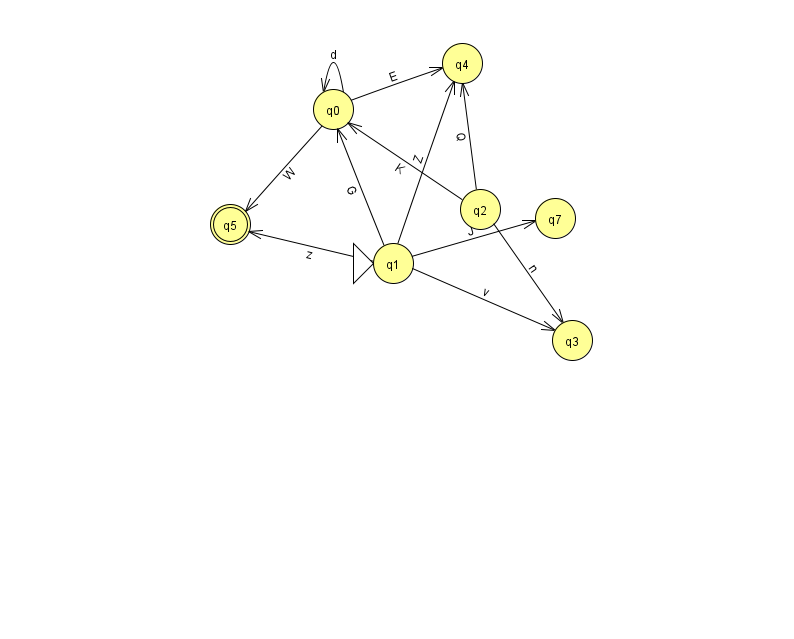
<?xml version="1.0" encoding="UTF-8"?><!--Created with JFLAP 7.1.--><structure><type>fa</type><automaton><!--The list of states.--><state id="0" name="q0"><x>333.0</x><y>96.0</y></state><state id="1" name="q1"><x>393.0</x><y>250.0</y><initial/></state><state id="2" name="q2"><x>480.0</x><y>196.0</y></state><state id="3" name="q3"><x>572.0</x><y>327.0</y></state><state id="4" name="q4"><x>462.0</x><y>50.0</y></state><state id="5" name="q5"><x>230.0</x><y>211.0</y><final/></state><state id="7" name="q7"><x>555.0</x><y>205.0</y></state><!--The list of transitions.--><transition><from>1</from><to>5</to><read>z</read></transition><transition><from>2</from><to>3</to><read>n</read></transition><transition><from>0</from><to>0</to><read>d</read></transition><transition><from>0</from><to>4</to><read>E</read></transition><transition><from>1</from><to>0</to><read>G</read></transition><transition><from>1</from><to>3</to><read>v</read></transition><transition><from>2</from><to>0</to><read>K</read></transition><transition><from>1</from><to>4</to><read>Z</read></transition><transition><from>2</from><to>4</to><read>Q</read></transition><transition><from>0</from><to>5</to><read>W</read></transition><transition><from>1</from><to>7</to><read>J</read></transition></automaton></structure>